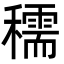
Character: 穤